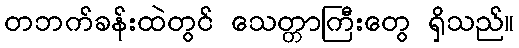
တဘက်ခန်းထဲတွင် သေတ္တာကြီးတွေ ရှိသည်။